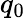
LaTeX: q_{0}